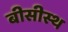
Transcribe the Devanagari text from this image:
बीसीस्थ